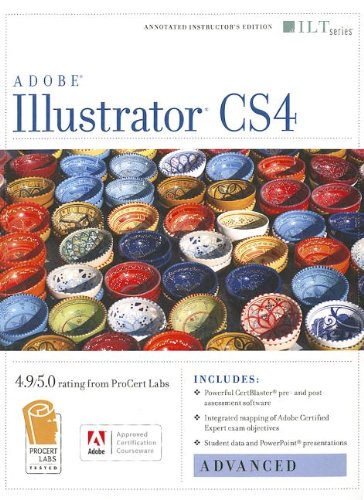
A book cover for Illustrator Cs4: Advanced, Ace Edition + Certblaster (ILT); Computers & Technology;